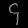
Digit: ၄